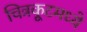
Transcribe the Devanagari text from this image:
चित्रकूटमध्ये